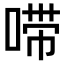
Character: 𫪺